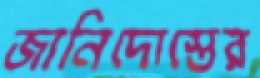
জানিদোস্তের